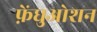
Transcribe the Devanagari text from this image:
फ़ेंघुओशन